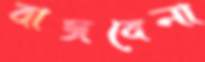
বাজবেনা